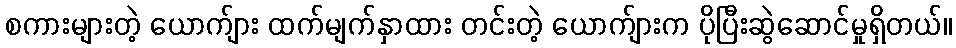
စကားများတဲ့ ယောက်ျား ထက်မျက်နှာထား တင်းတဲ့ ယောက်ျားက ပိုပြီးဆွဲဆောင်မှုရှိတယ်။